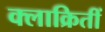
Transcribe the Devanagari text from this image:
क्लाक्रितीं